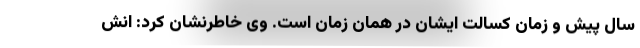
سال پیش و زمان کسالت ایشان در همان زمان است. وی خاطرنشان کرد: انش